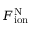
F _ { \mathrm { i o n } } ^ { \mathrm { N } }